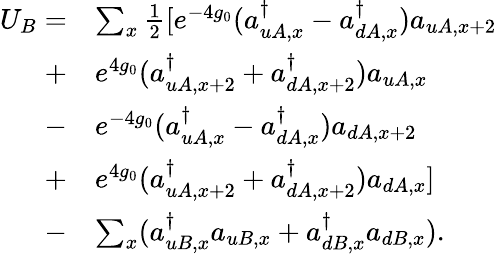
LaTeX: \begin{array}{rl}{U_{B}=}&{\sum_{x}\frac{1}{2}[e^{-4g_{0}}(a_{uA,x}^{\dagger}-a_{dA,x}^{\dagger})a_{uA,x+2}}\\ {+}&{e^{4g_{0}}(a_{uA,x+2}^{\dagger}+a_{dA,x+2}^{\dagger})a_{uA,x}}\\ {-}&{e^{-4g_{0}}(a_{uA,x}^{\dagger}-a_{dA,x}^{\dagger})a_{dA,x+2}}\\ {+}&{e^{4g_{0}}(a_{uA,x+2}^{\dagger}+a_{dA,x+2}^{\dagger})a_{dA,x}]}\\ {-}&{\sum_{x}(a_{uB,x}^{\dagger}a_{uB,x}+a_{dB,x}^{\dagger}a_{dB,x}).}\end{array}